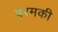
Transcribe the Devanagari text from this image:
बरमकी